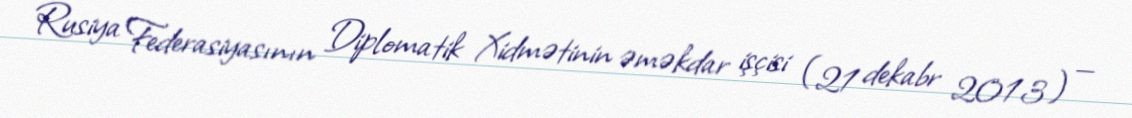
Rusiya Federasiyasının Diplomatik Xidmətinin əməkdar işçisi (21 dekabr 2013) —